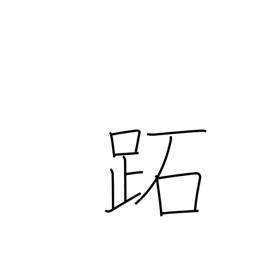
Meaning: sole of the foot